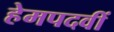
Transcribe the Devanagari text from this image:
हेमपदवीं